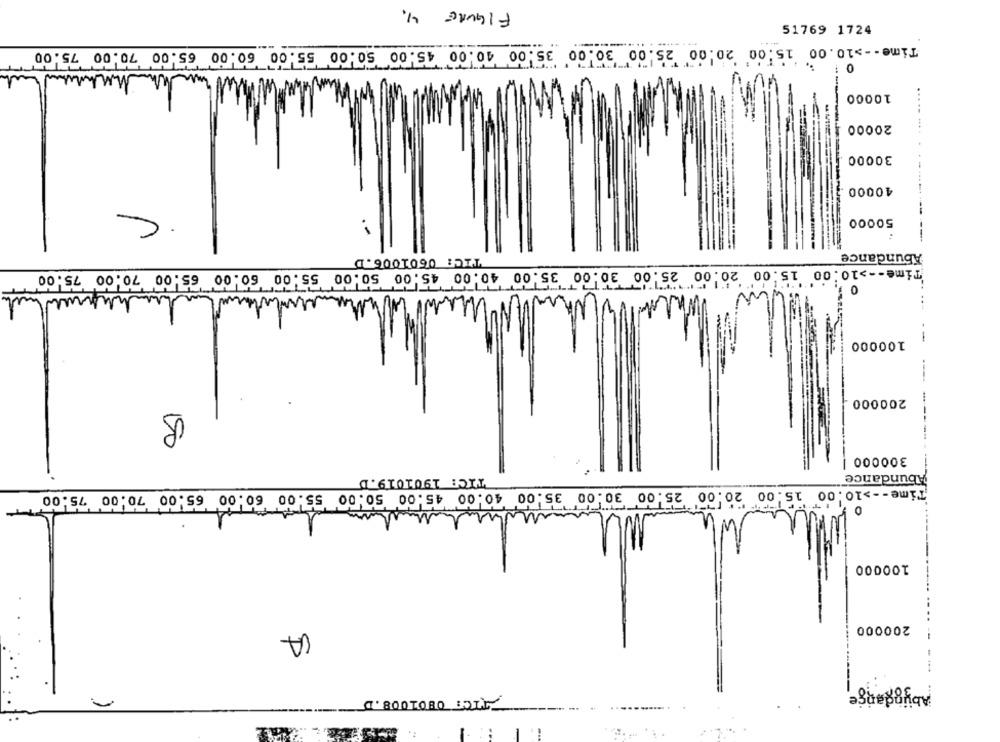
FIGURE 4.
51769 1724
Time -- >10.00 15.00 20.00 25.00 30.00 35.00 40.00 45.00 50.00 55.00 60.00 65.00 70.00 75.00
0
10000
20000
30000
.-
40000
. C
50000
--
TIC: 0601006.D
Abundance
Time -- >10:00 15.00 20.00 25.00 30.00 35.00 40.00 45.00 50.00 55.00 60.00 65.00 70.00 75.00
0 1
100000
-
200000
50
300000 |
Abundance
TIC: 1901019.D
10:00
Time -- >10.00 15.00 20.00 25.00 30.00 35.00 40.00 45.00 50.00 55.00 60.00 65.00 70.00 75.00
0
100000
200000
TIC: 0801008.D
---